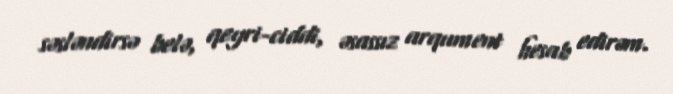
səsləndirsə belə, qeyri-ciddi, əsassız arqument hesab edirəm.